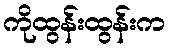
ကိုထွန်းထွန်းက